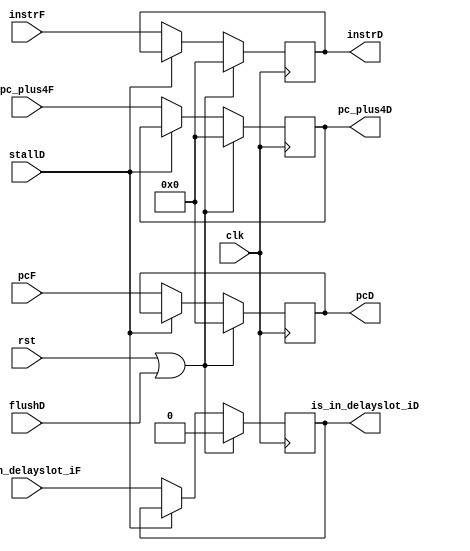
module if_id(
    input wire clk, rst,
    input wire flushD,
    input wire stallD,
    input wire [31:0] pcF,
    input wire [31:0] pc_plus4F,

    input wire [31:0] instrF,
    input wire is_in_delayslot_iF,


    output reg [31:0] pcD,
    output reg [31:0] pc_plus4D,
    output reg [31:0] instrD,
    output reg is_in_delayslot_iD
);

    always @(posedge clk) begin
        if(rst | flushD) begin
            pcD                 <= 0    ;
            pc_plus4D           <= 0    ;
            instrD              <= 0    ;
            is_in_delayslot_iD  <= 0    ;
        end
        else if(~stallD) begin
            pcD                 <= pcF                  ;
            pc_plus4D           <= pc_plus4F            ;
            instrD              <= instrF               ;
            is_in_delayslot_iD  <= is_in_delayslot_iF   ;
        end
    end
endmodule